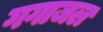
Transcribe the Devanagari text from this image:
गगाजल